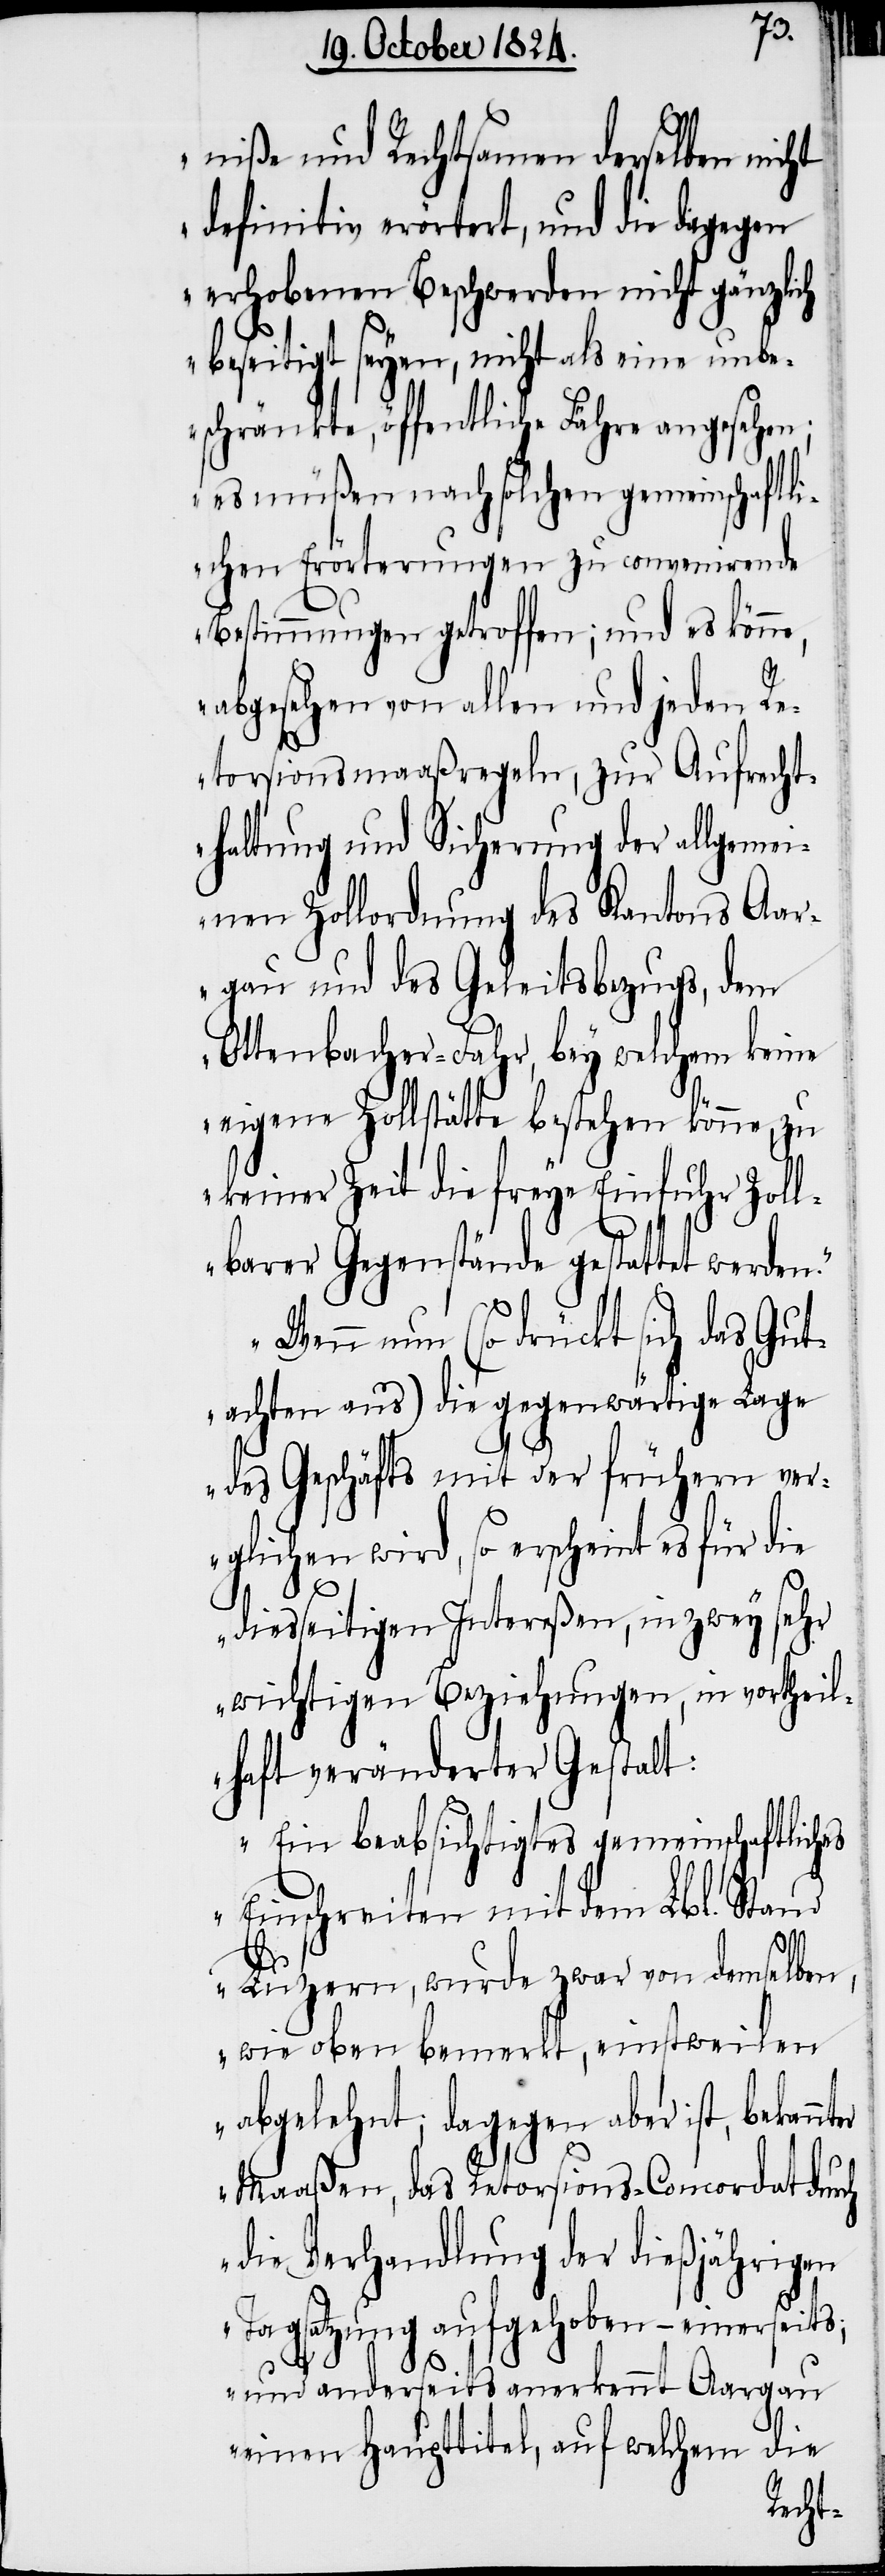
niße und Rechtsamen derselben nicht
definitiv erörtert, und die dagegen
erhobenen Beschwerden nicht gänzlich
beseitigt seyen, nicht als eine unbe¬
schränkte, öffentliche Fähre angesehen;
es müßen nach solchen gemeinschaftli¬
chen Erörterungen zu convenirende
Bestimmungen getroffen; und es könne,
abgesehen von allen und jeden Re¬
torsionsmaaßregeln, zur Aufrecht¬
haltung und Sicherung der allgemei¬
nen Zollordnung des Kantons Aar¬
gau und des Geleitsbezugs, dem
Ottenbacher-Fahr, bey welchem keine
eigene Zollstätte bestehen könne, zu
keiner Zeit die freye Einfuhr Zoll¬
barer Gegenstände gestattet werden.
Wenn nun (so drückt sich das Gut¬
achten aus) die gegenwärtige Lage
des Geschäfts mit der frühern ver¬
glichen wird, so erscheint es für die
nter
diesseitigen Intereßen, in zwey sehr
wichtigen Beziehungen, in vortheil¬
haft veränderter Gestalt.
Ein beabsichtigtes gemeinschaftliches
Einschreiten mit dem Lbl. Stand
Luzern, wurde zwar von demselben,
wie oben bemerkt, einstweilen
abgelehnt; dagegen aber ist, bekan¬
Maaßen, das Retorsions-Concordat durch
die Verhandlung der dießjährigen
Tagsatzung aufgehoben – einerseits;
und andererseits anerkennt Aargau
einen Haupttitel, auf welchem die